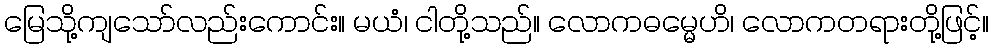
မြေသို့ကျသော်လည်းကောင်း။ မယံ၊ ငါတို့သည်။ လောကဓမ္မေဟိ၊ လောကတရားတို့ဖြင့်။